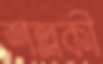
শল্লকী